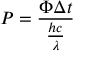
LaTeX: P = { \frac { \Phi \Delta t } { \frac { h c } { \lambda } } }